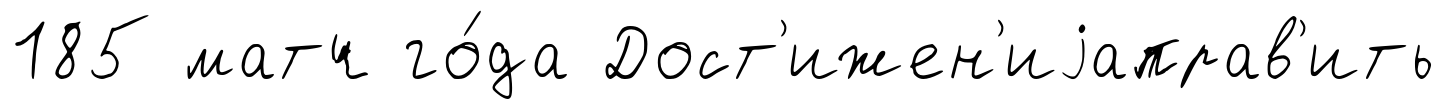
185 матч го́да Дост'ижен'иjаправ'ить